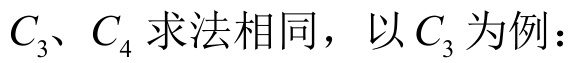
\(C_{3}、C_{4}\)求法相同，以\(C_{3}\)为例：